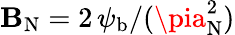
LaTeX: \mathbf{B}_{\mathrm{{N}}}=2\, \psi_{\mathrm{{b}}}/(\pia_{\mathrm{{N}}}^{2})